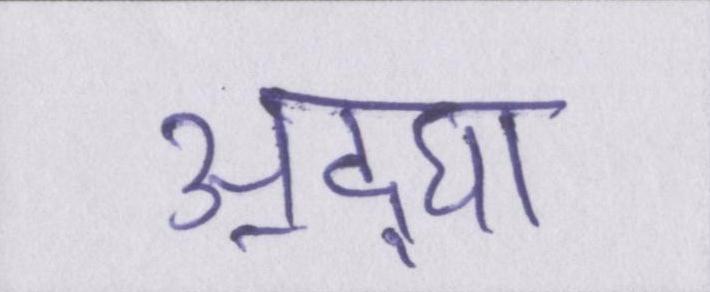
अ॒द्घा